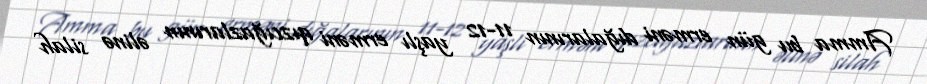
Amma bu gün erməni dığalarının 11-12 yaşlı erməni qızcığazlarının əlinə silah